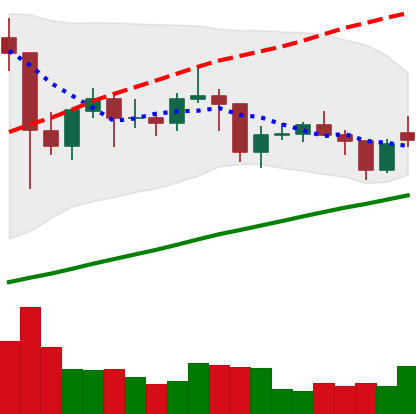
Ticker: LTC-USD
Chart end date: 2021-01-29
Forward return: 15.257%
Label: up_7plus